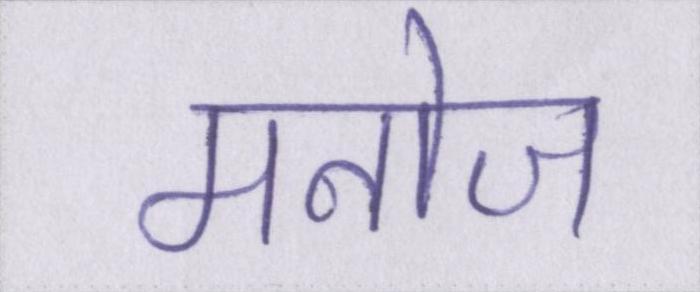
मनोज